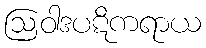
ဩဝါဒပဋိကရာယ